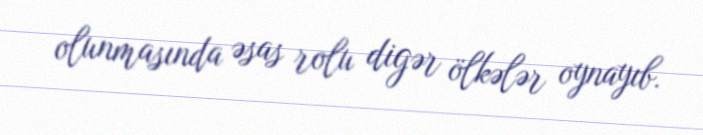
olunmasında əsas rolu digər ölkələr oynayıb.